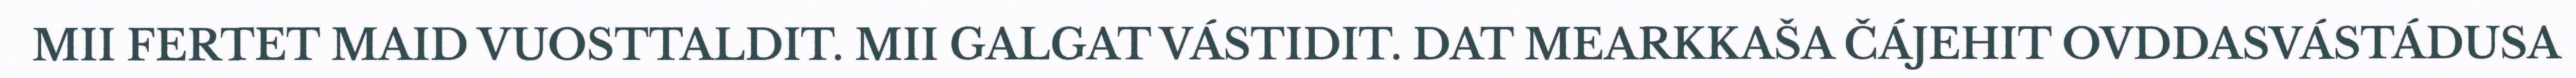
MII FERTET MAID VUOSTTALDIT. MII GALGAT VÁSTIDIT. DAT MEARKKAŠA ČÁJEHIT OVDDASVÁSTÁDUSA